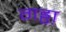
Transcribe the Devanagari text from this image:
गड्ढा़